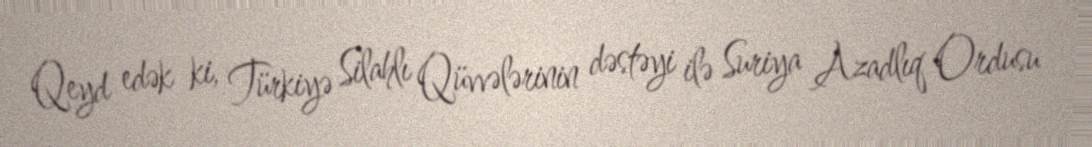
Qeyd edək ki, Türkiyə Silahlı Qüvvələrinin dəstəyi ilə Suriya Azadlıq Ordusu